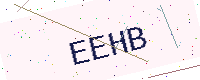
Text: EEHB